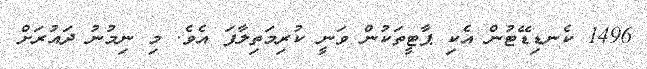
1496 ކެނޑިޑޭޓުން އެކި ޕާޓީތަކުން ވަނީ ކުރިމަތިލާފަ އެވެ. މި ނިމުނު ދައުރަށް